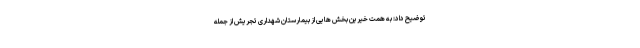
توضیح داد: به همت خیرین بخش هایی از بیمارستان شهداری تجریش از جمله